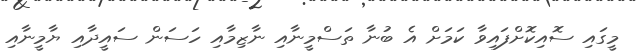
މީގައި ސޮއިކޮށްފައިވާ ކަމަށް އެ ބުނާ ތަސްމީނާއި ނާޒިމާއި ހަސަން ސައީދާއި ޔާމީނާއި